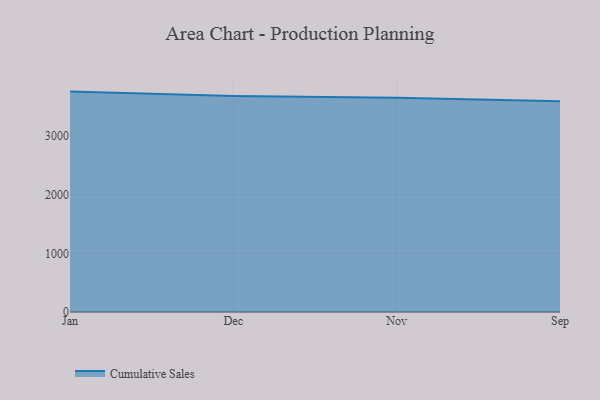
{"axis": {"x": "Month", "y": "Headcount"}, "legend": ["Cumulative Sales"], "data": [{"x": "Jan", "y": 3754.7, "type": "Cumulative Sales"}, {"x": "Dec", "y": 3679.5, "type": "Cumulative Sales"}, {"x": "Nov", "y": 3651.3, "type": "Cumulative Sales"}, {"x": "Sep", "y": 3591.5, "type": "Cumulative Sales"}]}